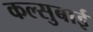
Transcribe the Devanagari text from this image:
कल्सुबाई